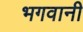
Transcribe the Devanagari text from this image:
भगवानी